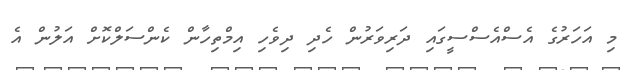
މި އަހަރުގެ އެސްއެސްސީގައި ދަރިވަރުން ހެދި ދިވެހި އިމްތިހާން ކެންސަލްކޮށް އަލުން އެ